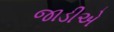
જાડીએ